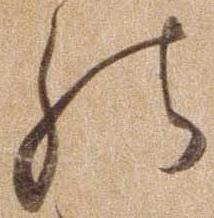
の